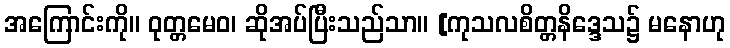
အကြောင်းကို။ ဝုတ္တမေဝ၊ ဆိုအပ်ပြီးသည်သာ။ [ကုသလစိတ္တနိဒ္ဒေသ၌ မနောဟု